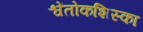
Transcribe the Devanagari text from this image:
श्वेंतोकशिस्का